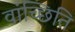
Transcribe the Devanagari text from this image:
वांच्छिति